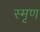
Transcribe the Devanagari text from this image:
स्मृण